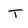
Character: T